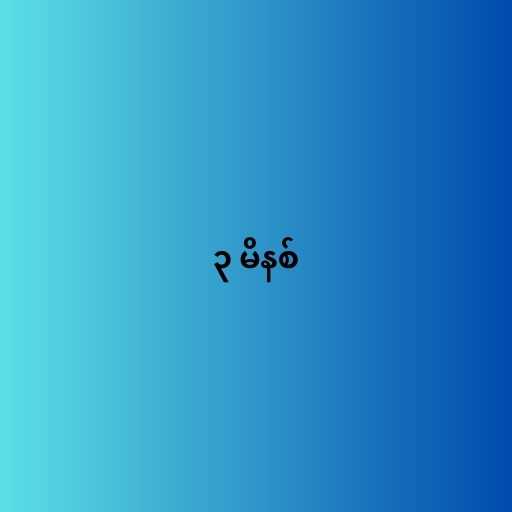
၃ မိနစ်